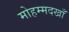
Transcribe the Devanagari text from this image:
मोहम्मदखाँ